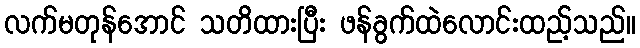
လက်မတုန်အောင် သတိထားပြီး ဖန်ခွက်ထဲလောင်းထည့်သည်။